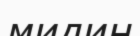
мидин